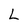
Character: L